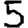
Digit: 5